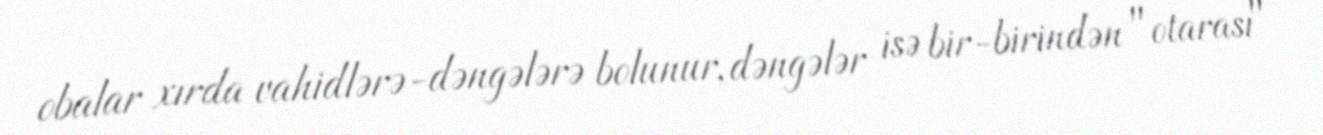
obalar xırda vahidlərə-dəngələrə bolunur, dəngələr isə bir-birindən "otarası"